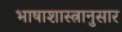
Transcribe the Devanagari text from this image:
भाषाशास्त्रानुसार